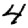
Digit: 4